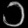
Digit: ၁